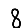
Digit: 8